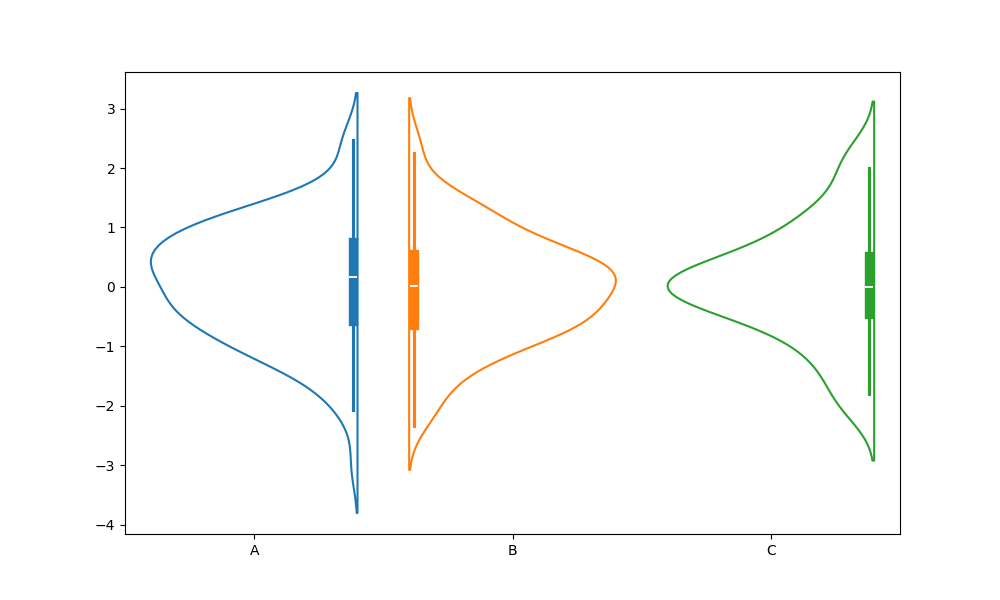
python, seaborn, violinplot, scale='area', split='True', inner='box', fill='False'